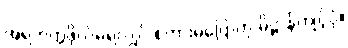
အရဟတ္တဖိုလ်မရလျှင် စကားမပြောဟု ဓိဋ္ဌာန်ကျင့်ပုံ။